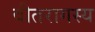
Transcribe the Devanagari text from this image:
वीतरागस्य